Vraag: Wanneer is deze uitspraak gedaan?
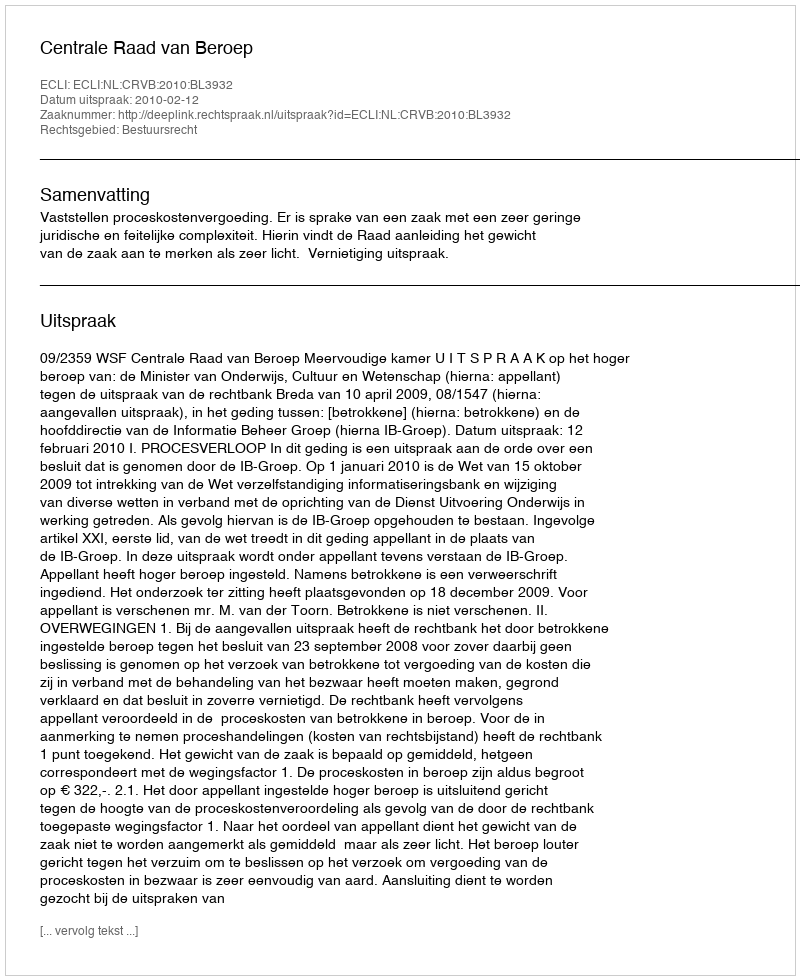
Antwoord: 2010-02-12